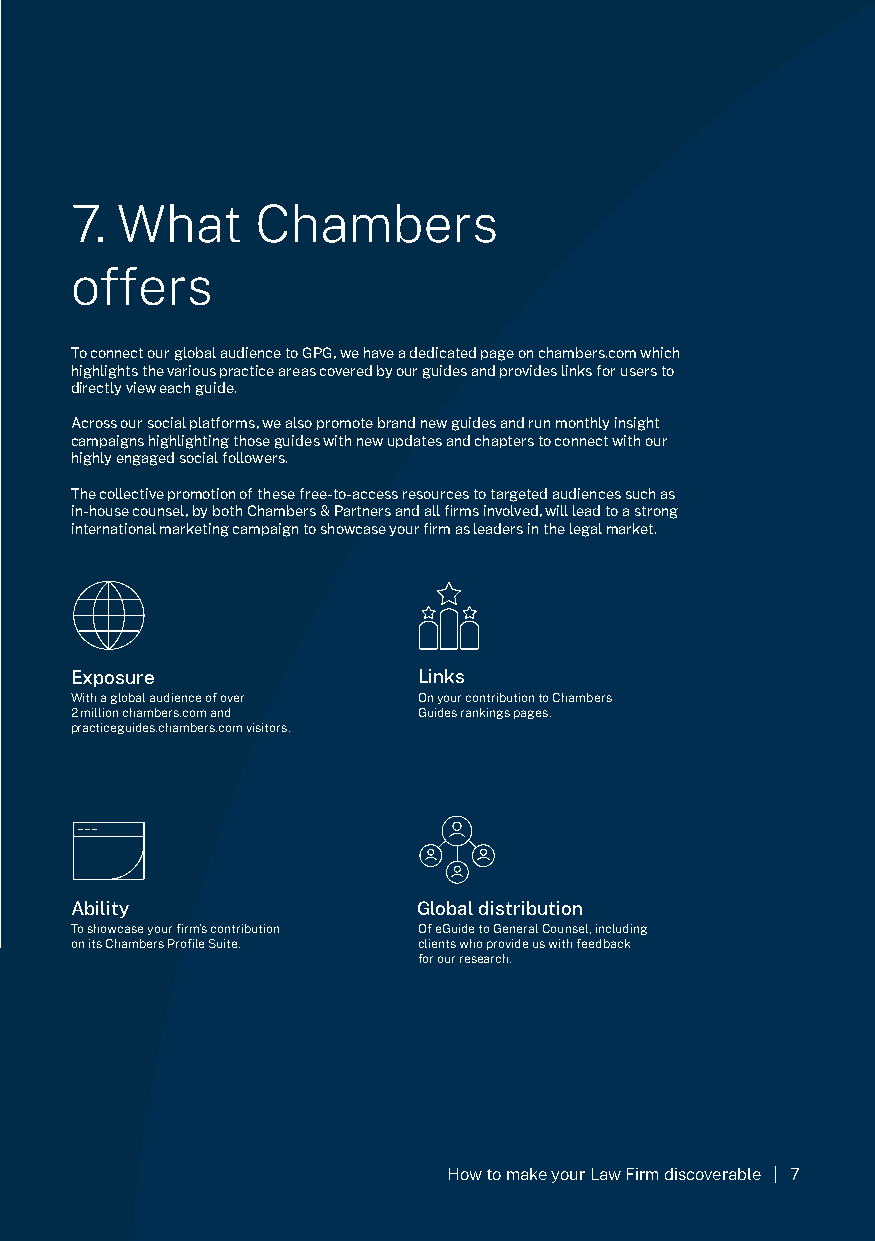
7. What     Chambers
 offers
 To connect our global audience to GPG, we have a dedicated page on chambers.com which
 highlights the various practice areas covered by our guides and provides links for users to
 directly view each guide.
 Across our social platforms, we also promote brand new guides and run monthly insight
 campaigns highlighting those guides with new updates and chapters to connect with our
 6. Leverage your rankings
 highly engaged social followers.
 The collective promotion of these free-to-access resources to targeted audiences such as
 in-house counsel, by both Chambers & Partners and all firms involved, will lead to a strong
 international marketing campaign to showcase your firm as leaders in the legal market.
 Exposure               Links
 With a global audience of over On your contribution to Chambers
 2 million chambers.com and Guides rankings pages.
 practiceguides.chambers.com visitors.
 Ability                Global distribution
 To showcase your firm’s contribution Of eGuide to General Counsel, including
 on its Chambers Profile Suite. clients who provide us with feedback
 for our research.
 How to make your Law Firm discoverable | 7